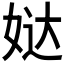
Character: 𰌄